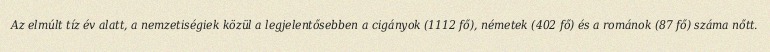
Az elmúlt tíz év alatt, a nemzetiségiek közül a legjelentősebben a cigányok (1112 fő), németek (402 fő) és a románok (87 fő) száma nőtt.